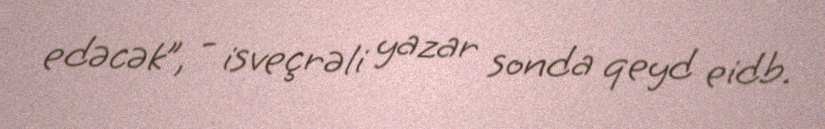
edəcək”, - isveçrəli yazar sonda qeyd eidb.